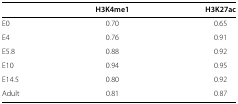
|  | H3K4me1 | H3K27ac |
 | --- | --- | --- |
 | E0 | 0.70 | 0.65 |
 | E4 | 0.76 | 0.91 |
 | E5.8 | 0.88 | 0.92 |
 | E10 | 0.94 | 0.95 |
 | E14.5 | 0.80 | 0.92 |
 | Adult | 0.81 | 0.87 |